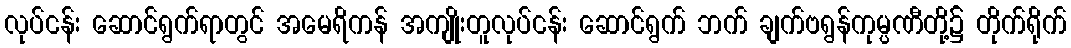
လုပ်ငန်း ဆောင်ရွက်ရာတွင် အမေရိကန် အကျိုးတူလုပ်ငန်း ဆောင်ရွက် ဘက် ချက်ဗရွန်ကုမ္ပဏီတို့၌ တိုက်ရိုက်